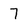
Character: 7